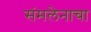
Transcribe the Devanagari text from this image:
संमलेनाचा